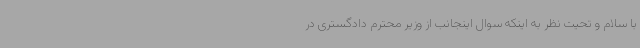
با سلام و تحیت نظر به اینکه سوال اینجانب از وزیر محترم دادگستری در